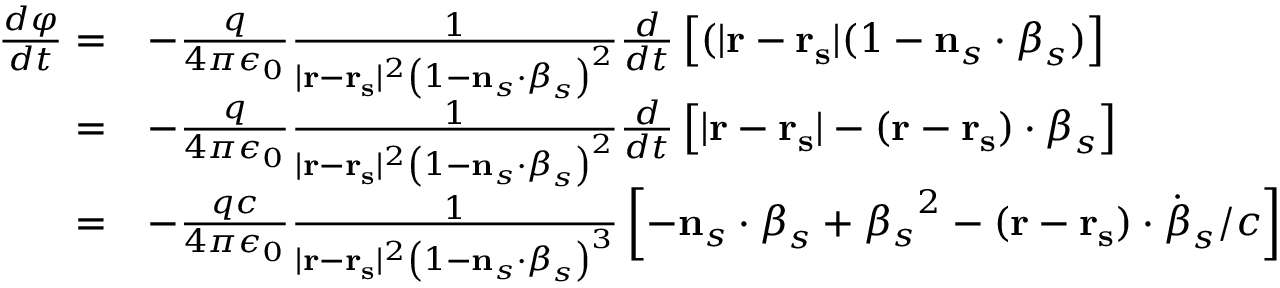
{ \begin{array} { r l } { { \frac { d \varphi } { d t } } = } & { - { \frac { q } { 4 \pi \epsilon _ { 0 } } } { \frac { 1 } { | \mathbf { r } - \mathbf { r _ { s } } | ^ { 2 } \left( 1 - \mathbf { n } _ { s } \cdot { \boldsymbol { \beta } } _ { s } \right) ^ { 2 } } } { \frac { d } { d t } } \left[ ( | \mathbf { r } - \mathbf { r _ { s } } | ( 1 - \mathbf { n } _ { s } \cdot { \boldsymbol { \beta } } _ { s } ) \right] } \\ { = } & { - { \frac { q } { 4 \pi \epsilon _ { 0 } } } { \frac { 1 } { | \mathbf { r } - \mathbf { r _ { s } } | ^ { 2 } \left( 1 - \mathbf { n } _ { s } \cdot { \boldsymbol { \beta } } _ { s } \right) ^ { 2 } } } { \frac { d } { d t } } \left[ | \mathbf { r } - \mathbf { r _ { s } } | - ( \mathbf { r } - \mathbf { r _ { s } } ) \cdot { \boldsymbol { \beta } } _ { s } \right] } \\ { = } & { - { \frac { q c } { 4 \pi \epsilon _ { 0 } } } { \frac { 1 } { | \mathbf { r } - \mathbf { r _ { s } } | ^ { 2 } \left( 1 - \mathbf { n } _ { s } \cdot { \boldsymbol { \beta } } _ { s } \right) ^ { 3 } } } \left[ - \mathbf { n } _ { s } \cdot { \boldsymbol { \beta } } _ { s } + { \beta _ { s } } ^ { 2 } - ( \mathbf { r } - \mathbf { r _ { s } } ) \cdot { \dot { \boldsymbol { \beta } } } _ { s } / c \right] } \end{array} }